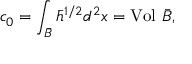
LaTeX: c _ { 0 } = \int _ { \bar { B } } { \bar { h } } ^ { 1 / 2 } d ^ { 2 } x = \mathrm { V o l } ~ \bar { \cal B } ,